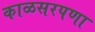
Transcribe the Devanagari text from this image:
काळसरपणा